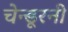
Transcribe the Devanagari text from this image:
चेन्डूरनी